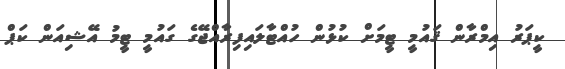
ކީޕަރު އިމްރާން ޤައުމީ ޓީމަށް ކުޅުން ހުއްޓާލައިފިރާއްޖޭގެ ގައުމީ ޓީމު އޭޝިއަން ކަޕް